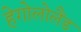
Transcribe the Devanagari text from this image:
हेगोलोलैंड